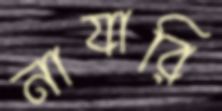
নাযারি